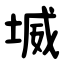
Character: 㙎